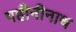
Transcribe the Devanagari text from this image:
गहीनीनाथ